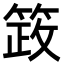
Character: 䈣